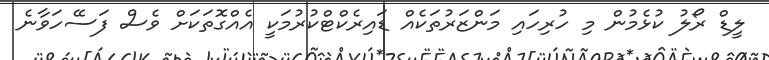
ލީޑް ރޯލު ކުޅެމުން މި ހުރިހައި މަންޒަރުތަކެއް ޑައިރެކްޓްކުރުމަކީ އެއްގޮތަކަށް ވެސް ފަސޭހަވާނެ